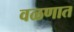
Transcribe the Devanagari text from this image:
वळणात